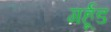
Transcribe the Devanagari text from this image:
गर्हूड